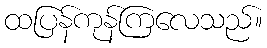
ထပြန်ကုန်ကြလေသည်။